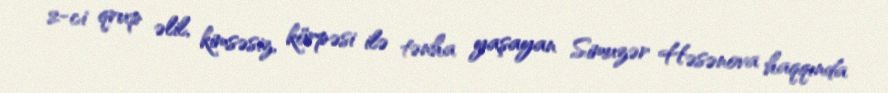
2-ci qrup əlil, kimsəsiz, körpəsi ilə tənha yaşayan Simuzər Həsənova haqqında